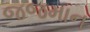
જજમાન